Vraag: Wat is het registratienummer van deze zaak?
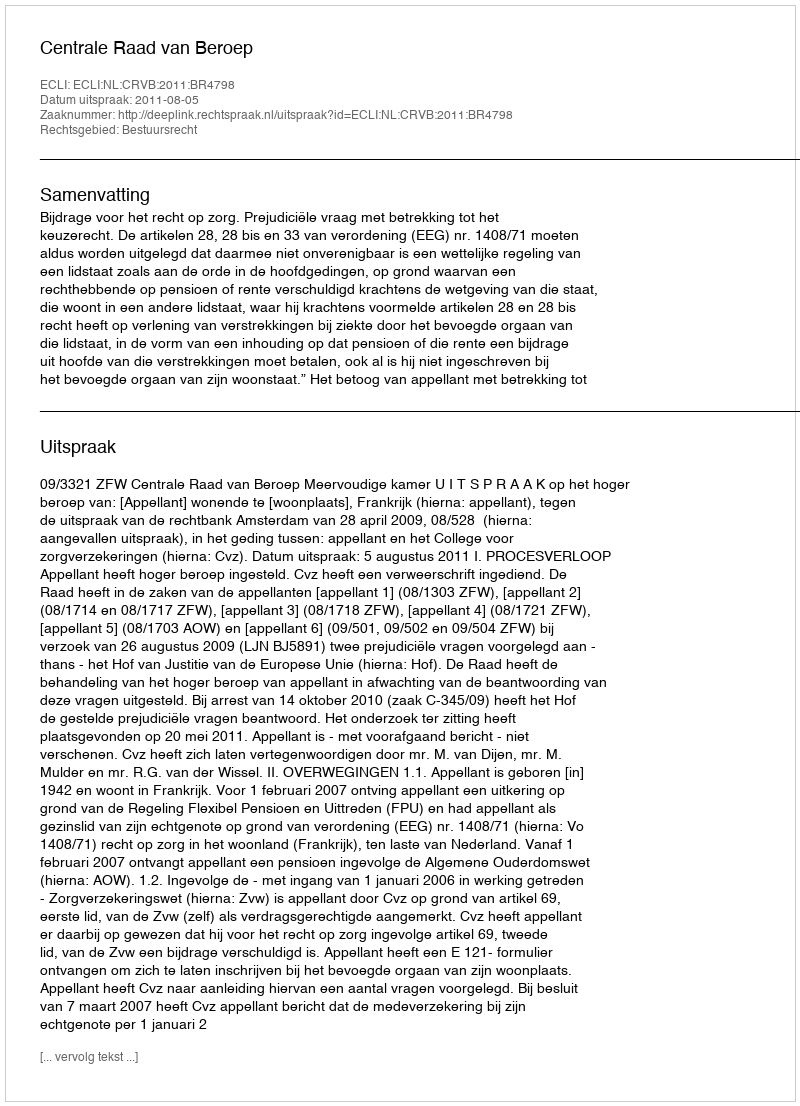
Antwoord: http://deeplink.rechtspraak.nl/uitspraak?id=ECLI:NL:CRVB:2011:BR4798